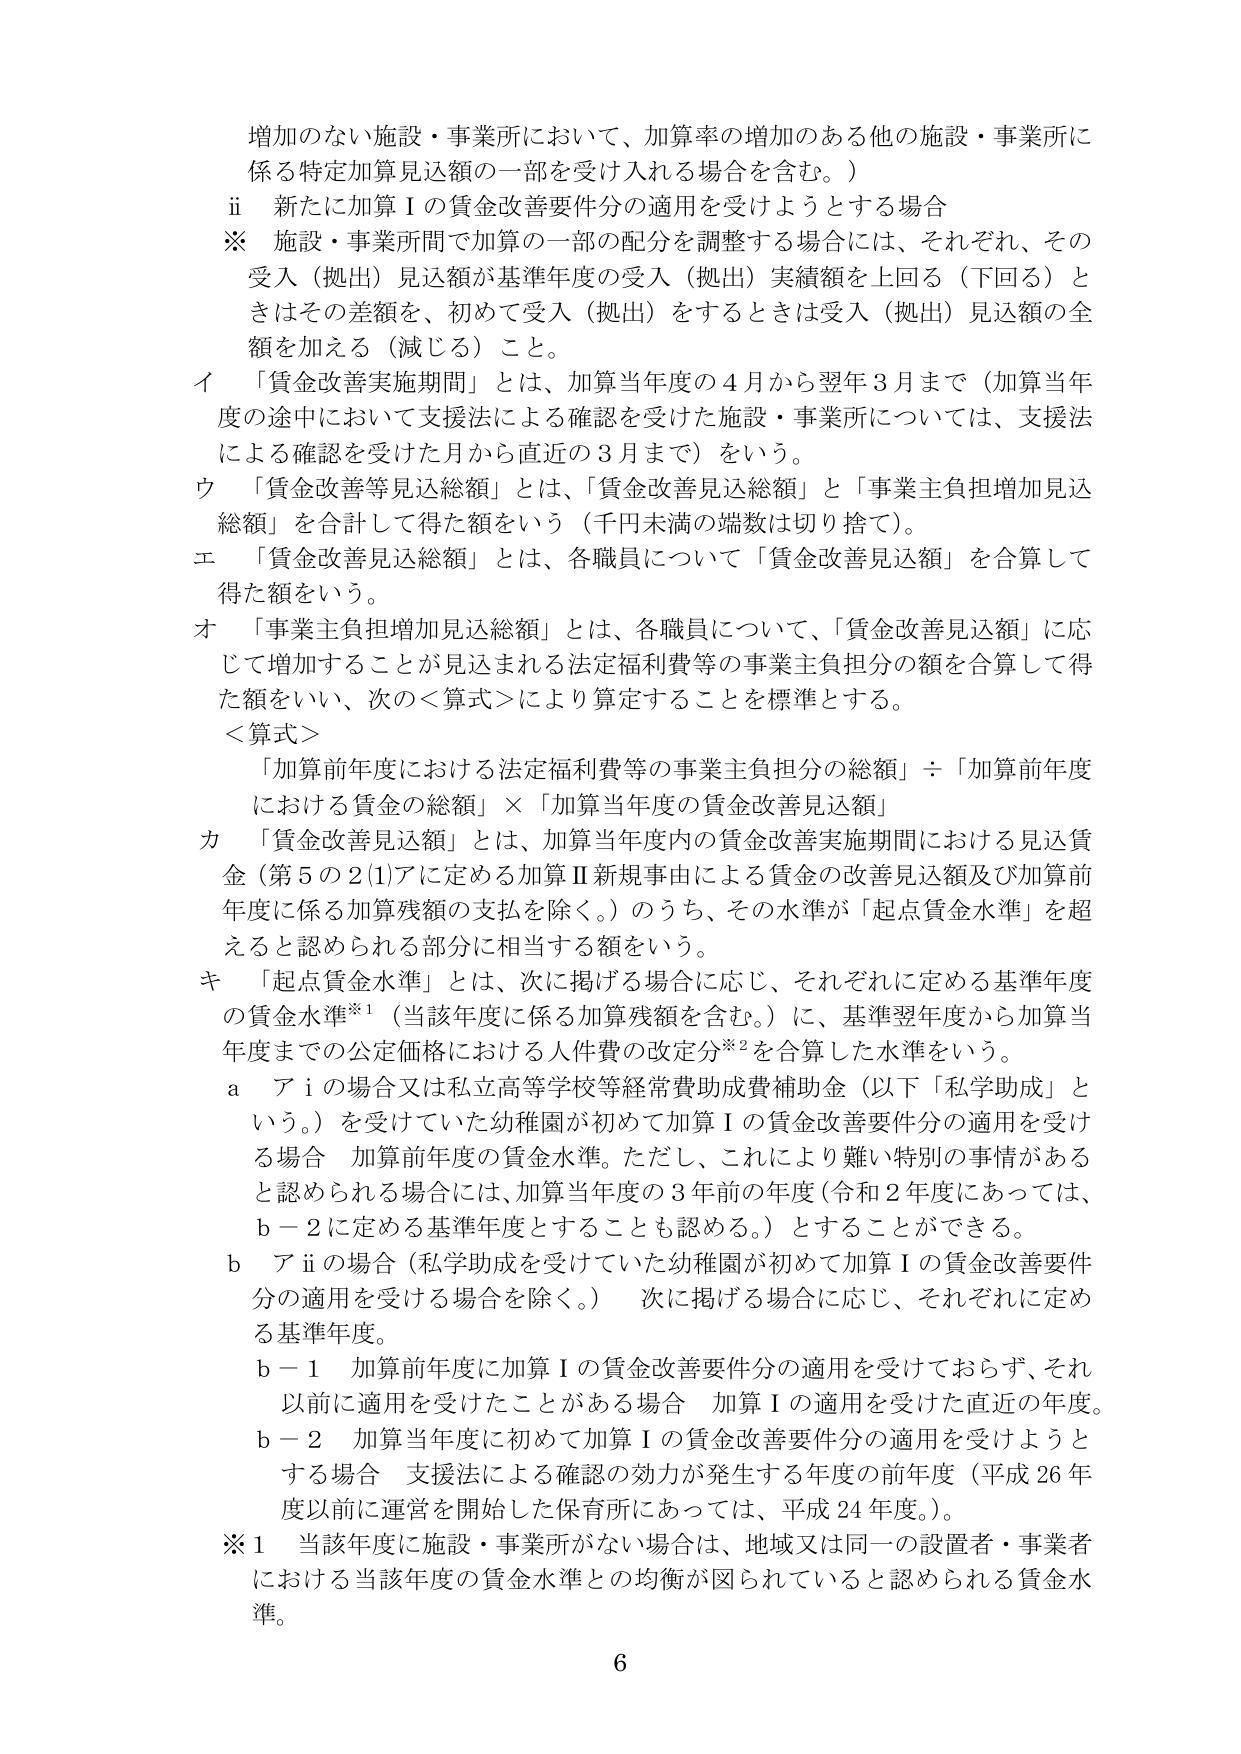
増加のない施設・事業所において、加算率の増加のある他の施設・事業所に係る特定加算見込額の一部を受け入れる場合を含む。）

ii 新たに加算Ⅰの賃金改善要件分の適用を受けようとする場合

※ 施設・事業所間で加算の一部の配分を調整する場合には、それぞれ、その受入（拠出）見込額が基準年度の受入（拠出）実績額を上回る（下回る）ときはその差額を、初めて受入（拠出）をするときは受入（拠出）見込額の全額を加える（減じる）こと。

イ 「賃金改善実施期間」とは、加算当年度の4月から翌年3月まで（加算当年度の途中において支援法による確認を受けた施設・事業所については、支援法による確認を受けた月から直近の3月まで）をいう。

ウ 「賃金改善等見込総額」とは、「賃金改善見込総額」と「事業主負担増加見込総額」を合計して得た額をいう（千円未満の端数は切り捨て）。

エ 「賃金改善見込総額」とは、各職員について「賃金改善見込額」を合算して得た額をいう。

オ 「事業主負担増加見込総額」とは、各職員について、「賃金改善見込額」に応じて増加することが見込まれる法定福利費等の事業主負担分の額を合算して得た額をいい、次の＜算式＞により算定することを標準とする。

＜算式＞
「加算前年度における法定福利費等の事業主負担分の総額」÷「加算前年度における賃金の総額」×「加算当年度の賃金改善見込額」

カ 「賃金改善見込額」とは、加算当年度内の賃金改善実施期間における見込賃金（第5の2(1)アに定める加算Ⅱ新規事由による賃金の改善見込額及び加算前年度に係る加算残額の支払を除く。）のうち、その水準が「起点賃金水準」を超えると認められる部分に相当する額をいう。

キ 「起点賃金水準」とは、次に掲げる場合に応じ、それぞれに定める基準年度の賃金水準※1（当該年度に係る加算残額を含む。）に、基準翌年度から加算当年度までの公定価格における人件費の改定分※2を合算した水準をいう。

a アiの場合又は私立高等学校等経常費助成費補助金（以下「私学助成」という。）を受けていた幼稚園が初めて加算Ⅰの賃金改善要件分の適用を受ける場合 加算前年度の賃金水準。ただし、これにより難い特別の事情があると認められる場合には、加算当年度の3年前の年度（令和2年度にあっては、b－2に定める基準年度とすることも認める。）とすることができる。

b アiiの場合（私学助成を受けていた幼稚園が初めて加算Ⅰの賃金改善要件分の適用を受ける場合を除く。） 次に掲げる場合に応じ、それぞれに定める基準年度。

b－1 加算前年度に加算Ⅰの賃金改善要件分の適用を受けておらず、それ以前に適用を受けたことがある場合 加算Ⅰの適用を受けた直近の年度。

b－2 加算当年度に初めて加算Ⅰの賃金改善要件分の適用を受けようとする場合 支援法による確認の効力が発生する年度の前年度（平成26年度以前に運営を開始した保育所にあっては、平成24年度。）。

※1 当該年度に施設・事業所がない場合は、地域又は同一の設置者・事業者における当該年度の賃金水準との均衡が図られていると認められる賃金水準。

6